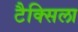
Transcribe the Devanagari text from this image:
टैक्सिला